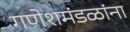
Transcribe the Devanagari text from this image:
गणेशमंडळांना